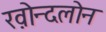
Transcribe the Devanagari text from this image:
ख़ोन्दलोन